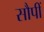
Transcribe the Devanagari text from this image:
सौपीं